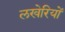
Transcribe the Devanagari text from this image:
लखेरियों